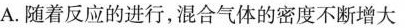
A.随着反应的进行，混合气体的密度不断增大